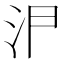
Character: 𭯸